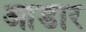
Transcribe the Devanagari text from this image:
आंडार